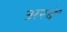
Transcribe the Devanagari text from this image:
अरबें